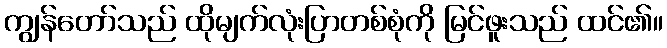
ကျွန်တော်သည် ထိုမျက်လုံးပြာတစ်စုံကို မြင်ဖူးသည် ထင်၏။